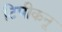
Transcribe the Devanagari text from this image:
टिपीकनू